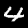
Label: 4